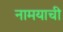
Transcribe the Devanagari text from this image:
नामयाची